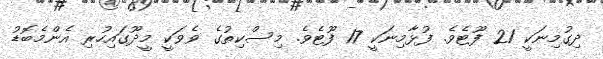
ދިގުމިނަކީ 21 ފޫޓެވެ. ފުޅާމިނަކީ 17 ފޫޓެވެ. މިސްކިތުގެ ވެވަކީ މީދޫގައިހުރި އެންމެބޮޑު